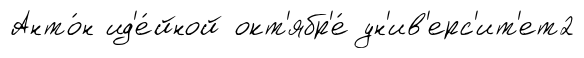
Анто́н ид'е́йной окт'ябр'е́ ун'ив'ерс'ит'ет2